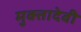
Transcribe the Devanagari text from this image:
मुक्तादेवी